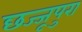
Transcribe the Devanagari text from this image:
छज्जूपुरा